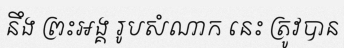
នឹង ព្រះអង្គ រូបសំណាក នេះ ត្រូវបាន